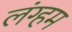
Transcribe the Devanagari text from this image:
लंग्हम